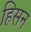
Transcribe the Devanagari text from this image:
हिसन